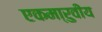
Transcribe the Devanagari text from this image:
एकमा्रुवीय